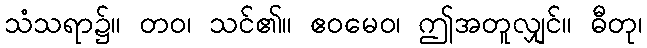
သံသရာ၌။ တဝ၊ သင်၏။ ဧဝမေဝ၊ ဤအတူလျှင်။ ဓီတု၊